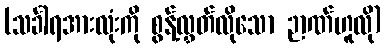
(သင်္ခါရအားလုံးကို စွန့်လွှတ်လိုသော ဉာဏ်ဟူလို)